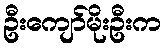
ဦးကျော်မိုးဦးက